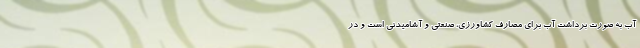
آب به صورت برداشت آب برای مصارف کشاورزی، صنعتی و آشامیدنی است و در